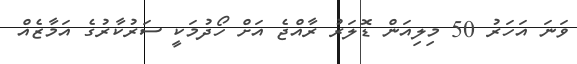
ވަނަ އަހަރު 50 މިލިއަން ޑޮލަރު ރާއްޖެ އަށް ހޯދުމަކީ ސަރުކާރުގެ އަމާޒެއް